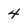
Character: 4